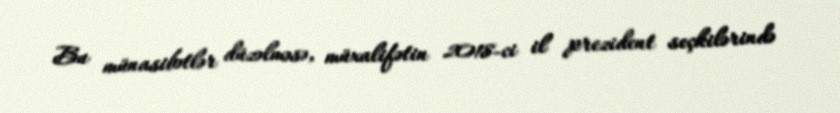
Bu münasibətlər düzəlməsə, müxalifətin 2018-ci il prezident seçkilərində